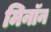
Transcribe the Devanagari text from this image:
मिनॉन